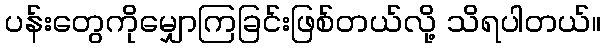
ပန်းတွေကိုမျှောကြခြင်းဖြစ်တယ်လို့ သိရပါတယ်။